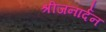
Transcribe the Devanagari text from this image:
श्रीजनार्दन